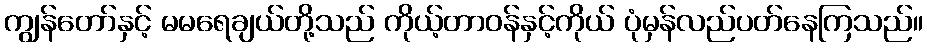
ကျွန်တော်နှင့် မမရေချယ်တို့သည် ကိုယ့်တာဝန်နှင့်ကိုယ် ပုံမှန်လည်ပတ်နေကြသည်။